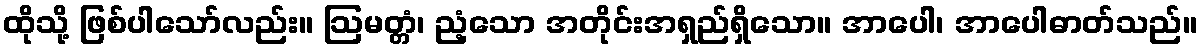
ထိုသို့ ဖြစ်ပါသော်လည်း။ ဩမတ္တံ၊ ညံ့သော အတိုင်းအရှည်ရှိသော။ အာပေါ၊ အာပေါဓာတ်သည်။